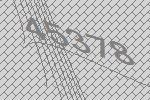
45378